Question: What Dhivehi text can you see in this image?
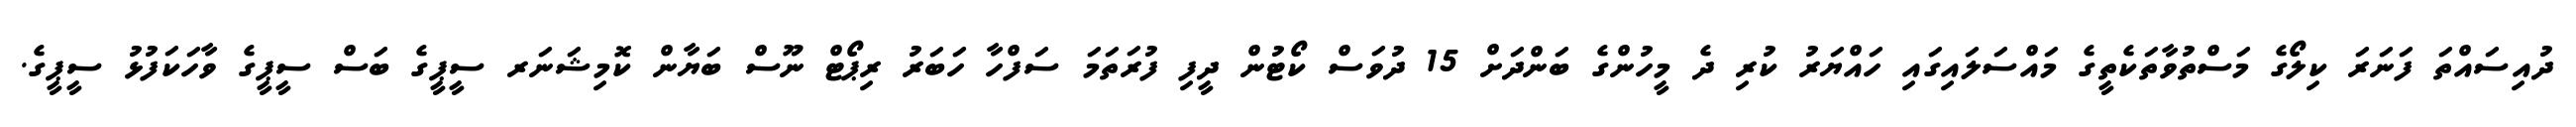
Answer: ދުއިސައްތަ ފަނަރަ ކިލޯގެ މަސްތުވާތަކެތީގެ މައްސަލައިގައި ހައްޔަރު ކުރި ދެ މީހުންގެ ބަންދަށް 15 ދުވަސް ކޯޓުން ދީފި ފުރަތަމަ ސަފްހާ ހަބަރު ރިޕޯޓް ނޫސް ބަޔާން ކޮމިޝަނަރ ސީޕީގެ ބަސް ސީޕީގެ ވާހަކަފުޅު ސީޕީގެ.